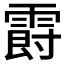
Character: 𲊁